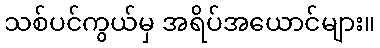
သစ်ပင်ကွယ်မှ အရိပ်အယောင်များ။